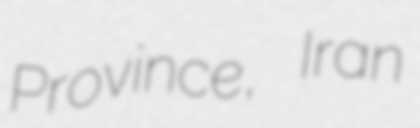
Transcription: Province, Iran